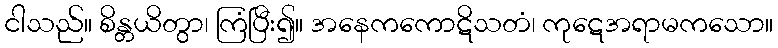
ငါသည်။ စိန္တယိတွာ၊ ကြံပြီး၍။ အနေကကောဋိသတံ၊ ကုဋေအရာမကသော။